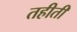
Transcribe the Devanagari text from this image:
तहीती